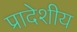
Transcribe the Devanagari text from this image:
प्रादेशीय